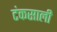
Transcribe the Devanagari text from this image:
टंकसाली